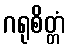
ဂရုစိတ္တံ